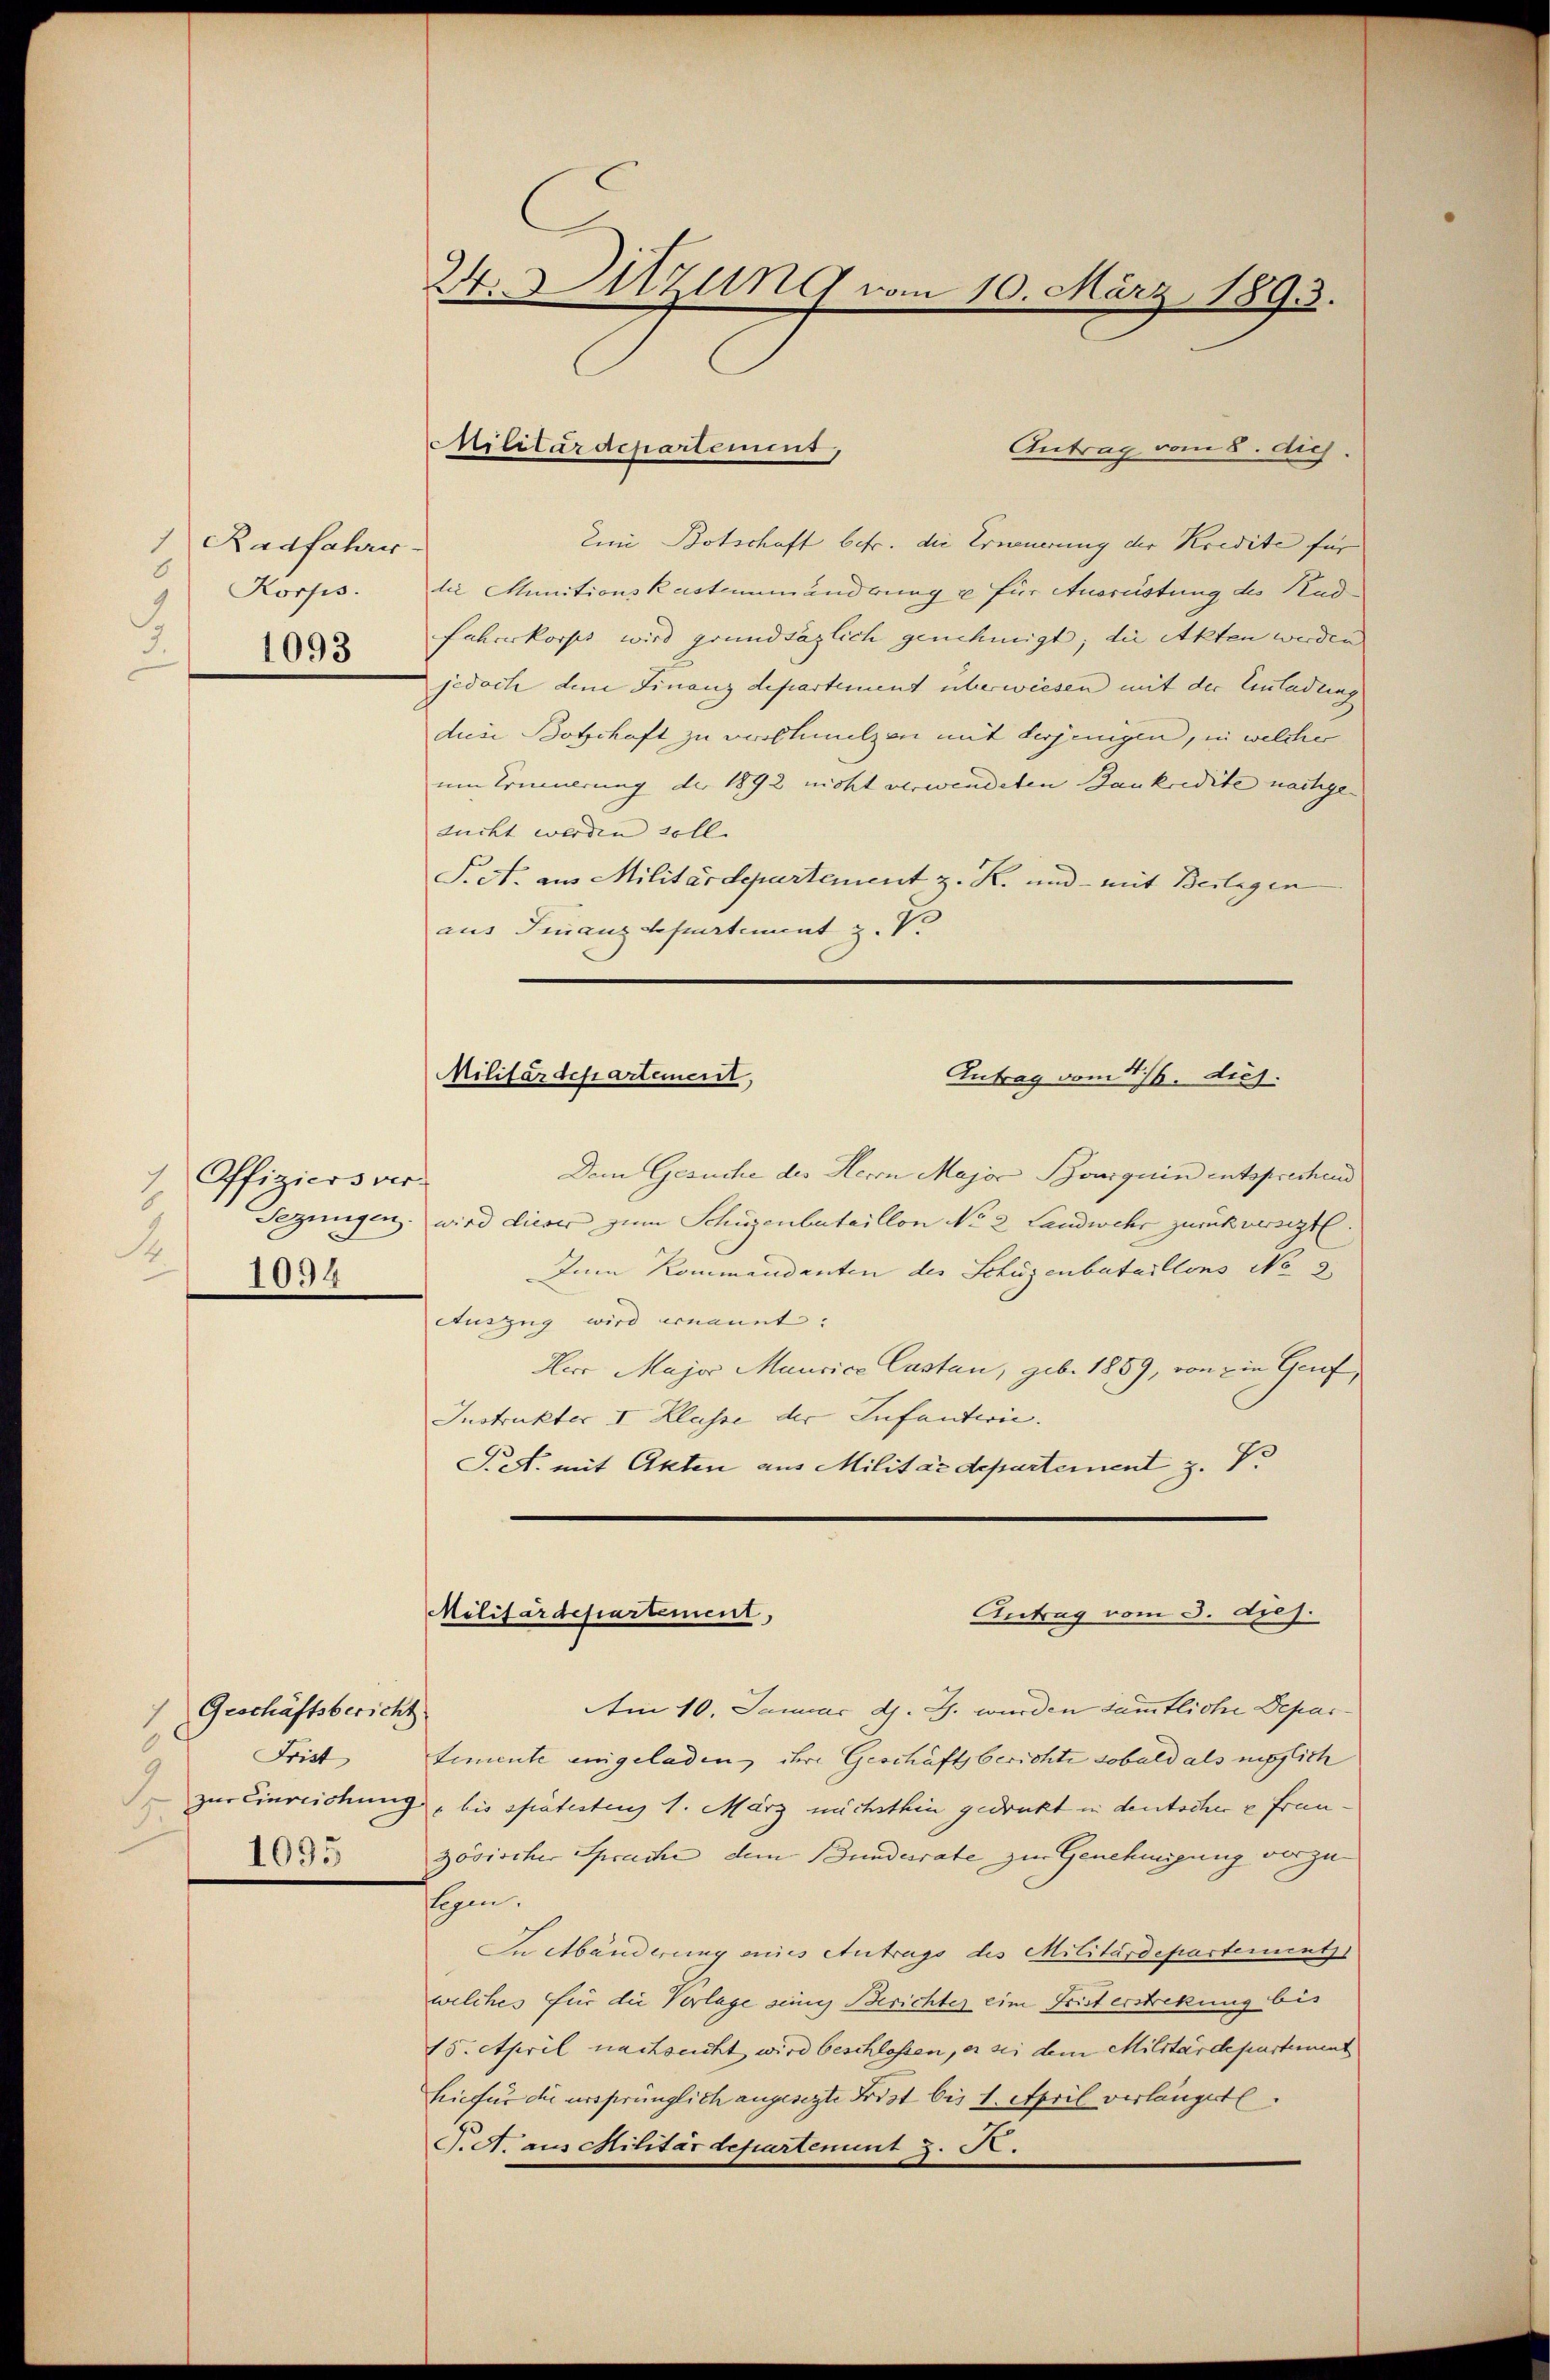
Radfahres-
7
6
Korps.
.
1093

Offiziers ver-
1
.
1094

Antrag vom 8. dich.
Ein Botschaft betr. die Erneuerung der Kredite für
lie Munitionskostenmänderung u für Ausrüstung des Kad¬
Fuhreskorps wird grundsäzlich genehmigt; die Akten werden
jedoch dem Finanzdepartement überwiesen mit der Einladung
diese Botschaft zu verschmelzen mit derjenigen, in welcher
um Erinnerung der 1892 nicht verwendeten Bankredite nachge- |
ducht werden soll.
S. c. aus Militärdepartement z. R. und mit Beilagen
aus Finanzdepartement z. V.

Geschäftsbericht
Be
Frist
.
1095

24. Sitzung vom 10. März 1893.

Militärdepartement,

Militärdepartement,
Antrag vom 4/6. dies

Dem Gesuche des Herrn Major Souiguin entsprechend
Sezungen. wird dieser zum Schüzenbataillon No 2 Landwehr zurückversezt.
Zum Kommandanten des Schüzenbataillons No 2
Auszug wird ernannt.
Herr Major Mancice Castan, geb. 1859, von ein Genf,
Instrukter I. Klasse der Infanterie.
S.S. mit Akten aus Militärdepartement z. V.
Am 10. Januar d. J. wurden sämtliche Departemente eingeladen, ihre Geschäftsberichte sobald als möglich
zur Einreichung bis spätestens 1. März nächsthin gedruckt in deutscher u Frauzösischer Sprache, dem Bundesrate zur Genehmigung vorzuslagen.
In Abänderung eines Antrags des Militärdepartement
welches für die Vorlage seinig Berichter eine Frist erstrekung bis
15. April nachseicht wird beschloßen, es sei dem Militärdepartement
hiefür die ursprünglich angesezte Frist bis 1. April verlängert.
P.S. aus Militärdepartement z. R.

Antrag vom 3. Apej.
Militärdepartement,